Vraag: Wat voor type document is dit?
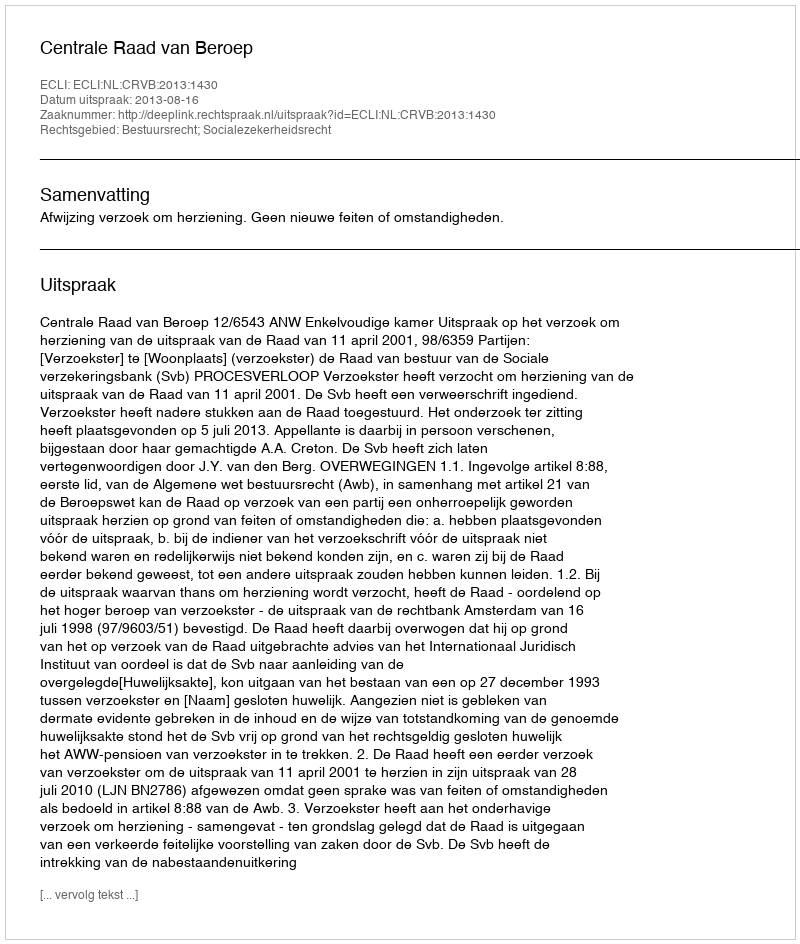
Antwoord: Uitspraak